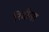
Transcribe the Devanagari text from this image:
रिदीमा